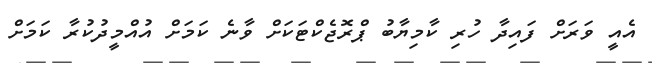
އެއީ ވަރަށް ފައިދާ ހުރި ކާމިޔާބު ޕްރޮޖެކްޓަކަށް ވާނެ ކަމަށް އުއްމީދުކުރާ ކަަމަށް